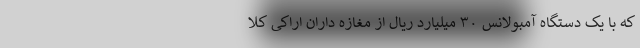
که با یک دستگاه آمبولانس ۳۰ میلیارد ریال از مغازه داران اراکی کلا